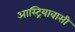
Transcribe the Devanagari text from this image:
आस्ट्रियावासी